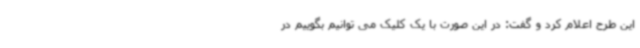
این طرح اعلام کرد و گفت: در این صورت با یک کلیک می توانیم بگوییم در